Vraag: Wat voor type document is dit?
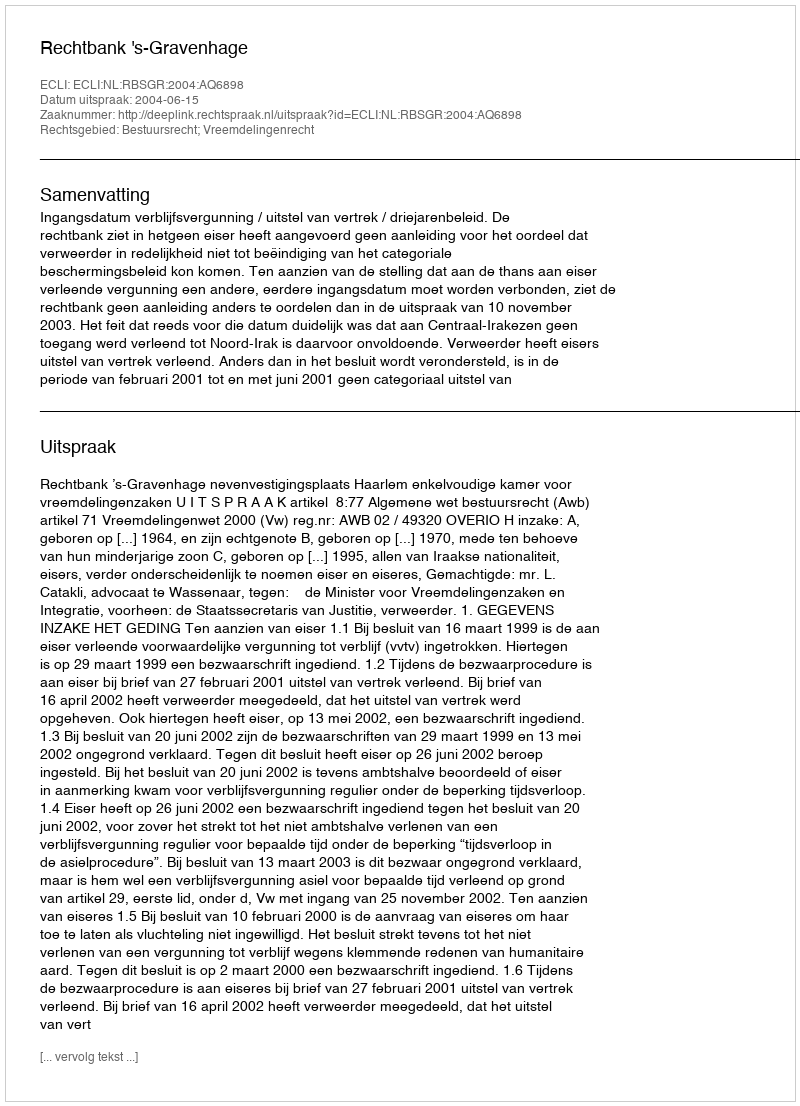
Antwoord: Uitspraak